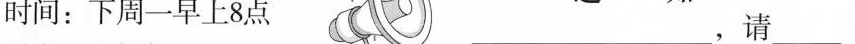
时间：下周一早上8点 ___，请___